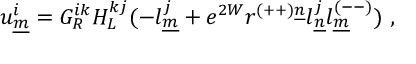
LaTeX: u _ { \underline { { { m } } } } ^ { i } = G _ { { \cal R } } ^ { i k } H _ { L } ^ { k j } ( - l _ { \underline { { { m } } } } ^ { j } + e ^ { 2 W } r ^ { ( + + ) \underline { { { n } } } } l _ { \underline { { { n } } } } ^ { j } l _ { \underline { { { m } } } } ^ { ( -- ) } ) ~ , \qquad